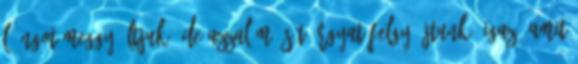
lÃ¡ngot meggyÃºltjuk, de azzal mÃ¡s tÃ¡rgyat felgyÃºjtunk. Igaz, amit